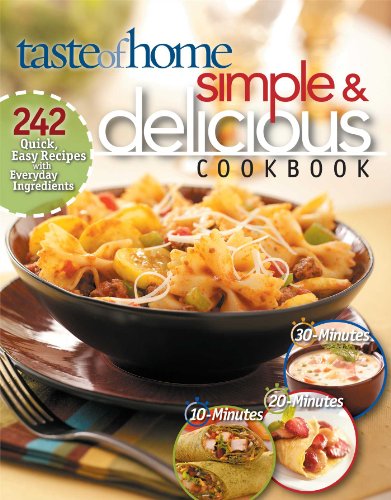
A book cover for Simple & Delicious Cookbook: 242 Quick, Easy Recipes Ready in 10, 20, or 30 Minutes; Taste Of Home; Cookbooks, Food & Wine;